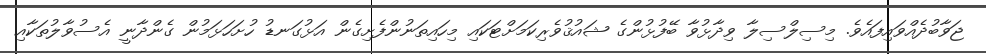
ޖަވާބުދެއްވައިފައެވެ. މިސިލްސިލާ ވިދާޅުވާ ބޭފުޅުންގެ ޝައުޤުވެރިކަމަށްޓަކައި މިހައިތަނުންފެށިގެން އަޅުގަނޑު ހުށަހަޅަމުން ގެންދާނީ އެސުވާލުތަކާއި